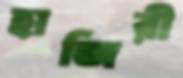
হাজিরী